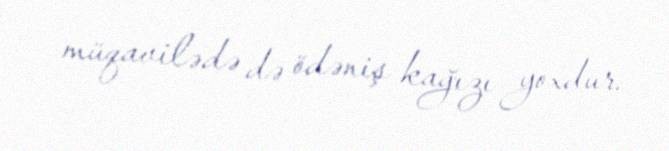
müqavilədə də ödəniş kağızı yoxdur.